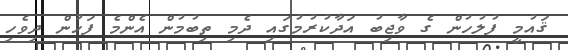
ޤައުމީ ފުލުހުން ގެ ވާޖިބު އަދާކުރުމުގައި ދެމި ތިބުމުން އެންމެ ފަހުން ދިވެހި